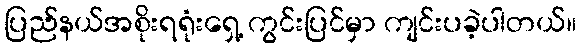
ပြည်နယ်အစိုးရရုံးရှေ့ ကွင်းပြင်မှာ ကျင်းပခဲ့ပါတယ်။